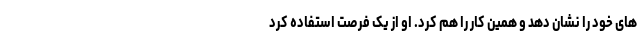
های خود را نشان دهد و همین کار را هم کرد. او از یک فرصت استفاده کرد